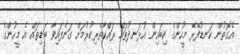
އެގޮތުން ކަނޑުފޭރޭ މީހުންގެ ކިބައިން އުޅަނދުތައް ރައްކާތެރިކުރުމަށް ގަނެފައިވާ ބަޑިތައް އެ މީހުންގެ